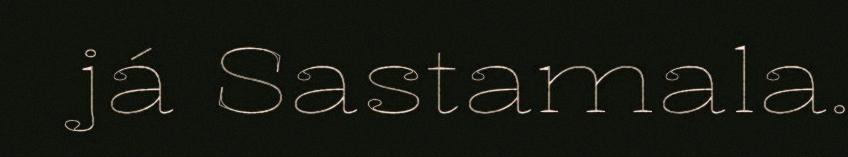
já Sastamala.